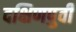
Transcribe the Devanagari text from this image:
दक्षिणपुर्वी